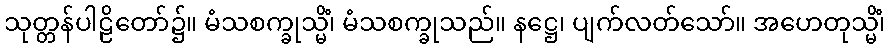
သုတ္တန်ပါဠိတော်၌။ မံသစက္ခုသ္မိံ၊ မံသစက္ခုသည်။ နဋ္ဌေ၊ ပျက်လတ်သော်။ အဟေတုသ္မိံ၊